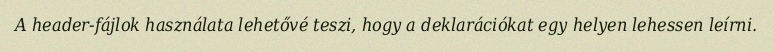
A header-fájlok használata lehetővé teszi, hogy a deklarációkat egy helyen lehessen leírni.